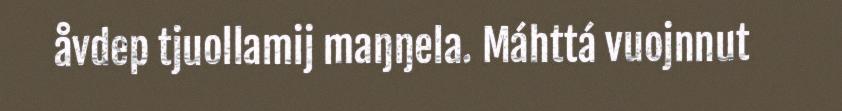
åvdep tjuollamij maŋŋela. Máhttá vuojnnut